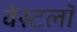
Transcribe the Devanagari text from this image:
वेस्टलॉ